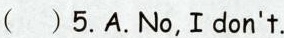
( ) 5.A.No,Idon't.